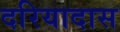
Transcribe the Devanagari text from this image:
दरियादास